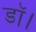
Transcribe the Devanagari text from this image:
डॉ।